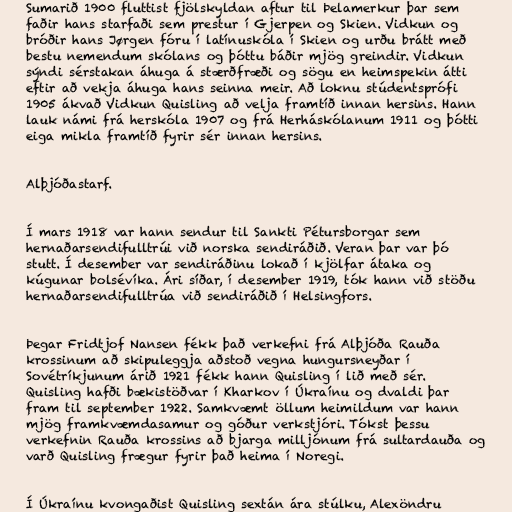
Sumarið 1900 fluttist fjölskyldan aftur til Þelamerkur þar sem
faðir hans starfaði sem prestur í Gjerpen og Skien. Vidkun og
bróðir hans Jørgen fóru í latínuskóla í Skien og urðu brátt með
bestu nemendum skólans og þóttu báðir mjög greindir. Vidkun
sýndi sérstakan áhuga á stærðfræði og sögu en heimspekin átti
eftir að vekja áhuga hans seinna meir. Að loknu stúdentsprófi
1905 ákvað Vidkun Quisling að velja framtíð innan hersins. Hann
lauk námi frá herskóla 1907 og frá Herháskólanum 1911 og þótti
eiga mikla framtíð fyrir sér innan hersins.

Alþjóðastarf.

Í mars 1918 var hann sendur til Sankti Pétursborgar sem
hernaðarsendifulltrúi við norska sendiráðið. Veran þar var þó
stutt. Í desember var sendiráðinu lokað í kjölfar átaka og
kúgunar bolsévíka. Ári síðar, í desember 1919, tók hann við stöðu
hernaðarsendifulltrúa við sendiráðið í Helsingfors.

Þegar Fridtjof Nansen fékk það verkefni frá Alþjóða Rauða
krossinum að skipuleggja aðstoð vegna hungursneyðar í
Sovétríkjunum árið 1921 fékk hann Quisling í lið með sér.
Quisling hafði bækistöðvar í Kharkov í Úkraínu og dvaldi þar
fram til september 1922. Samkvæmt öllum heimildum var hann
mjög framkvæmdasamur og góður verkstjóri. Tókst þessu
verkefnin Rauða krossins að bjarga milljónum frá sultardauða og
varð Quisling frægur fyrir það heima í Noregi.

Í Úkraínu kvongaðist Quisling sextán ára stúlku, Alexöndru